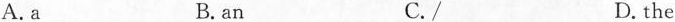
A. a B.an C./ D. the